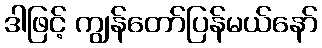
ဒါဖြင့် ကျွန်တော်ပြန်မယ်နော်